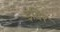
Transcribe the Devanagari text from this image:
इंदिर